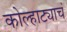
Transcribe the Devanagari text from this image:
कोल्हाट्याचं